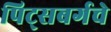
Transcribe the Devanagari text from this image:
पिट्सबर्गचे